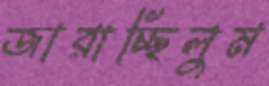
জারাচ্ছিলুম